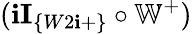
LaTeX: (\mathbf{i}\textbf{{I}}_{\{ W2\mathbf{i}+\} }\circ\mathbb{{W}}^{+})